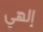
إلهي